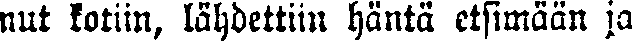
nut kotiin, lähdettiin häntä etsimään ja